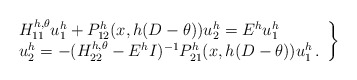
\begin{align*}\left .\begin{array}{l}H^{h,\theta}_{11}u_1^h +P_{12}^h(x, h(D-\theta )) u_2^h = E^hu_1^h \\u_2^h= - (H^{h,\theta}_{22}-E^hI)^{-1}P_{21}^h(x, h(D-\theta )) u_1^h \, .\end{array}\right \} \end{align*}